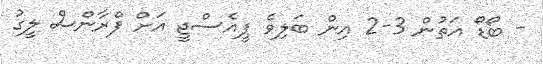
- ބޯޑޯ އަތުން 3-2 އިން ބަލިވެ ޕީއެސްޖީ އަށް ފްރާންސް ލީގު